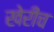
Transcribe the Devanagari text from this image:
खेरीच